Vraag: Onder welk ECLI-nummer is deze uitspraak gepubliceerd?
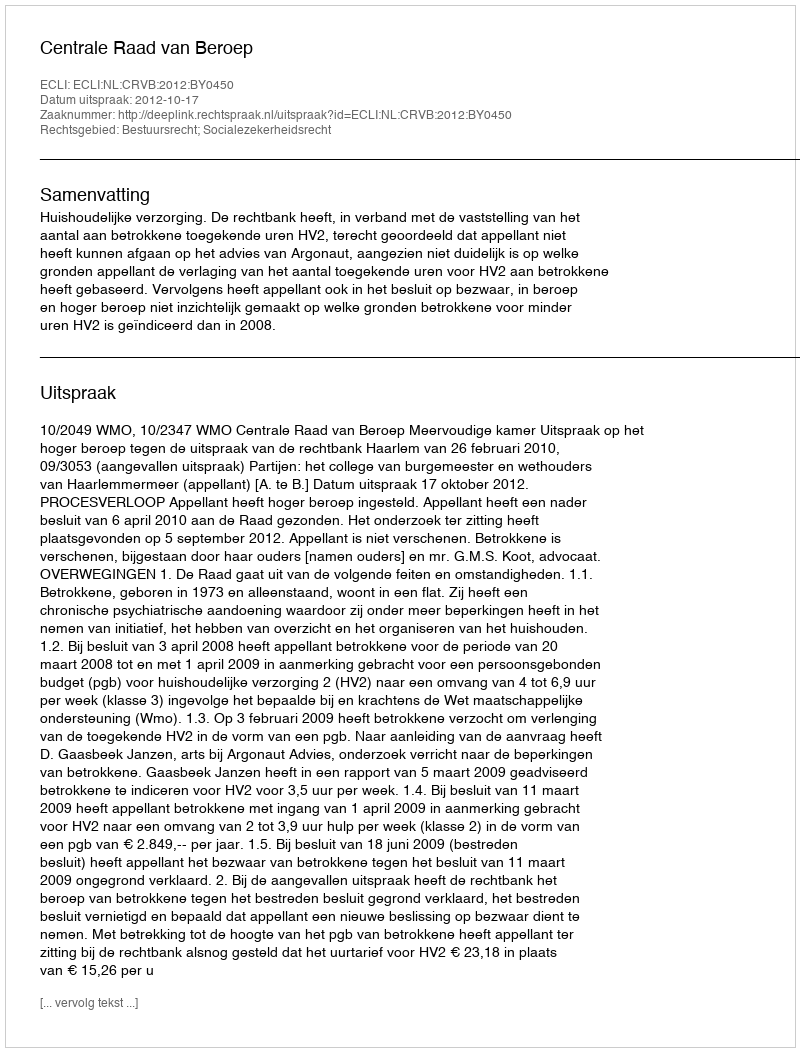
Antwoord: ECLI:NL:CRVB:2012:BY0450